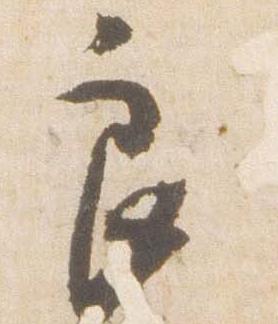
良